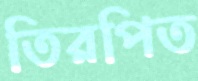
তিরপিত